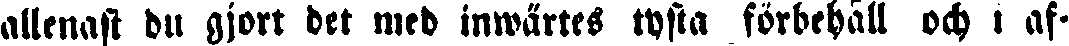
allenast du gjort det med inwärtes tysta förbehåll och i af-